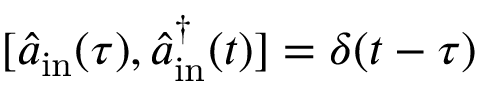
[ \hat { a } _ { \mathrm { i n } } ( \tau ) , \hat { a } _ { \mathrm { i n } } ^ { \dagger } ( t ) ] = \delta ( t - \tau )